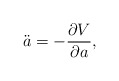
\begin{align*}\ddot{a} = - \frac{\partial V}{\partial a} ,\end{align*}